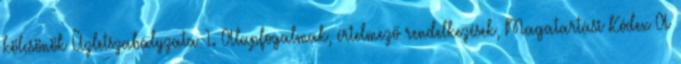
kölcsönök Üzletszabályzata 1. Alapfogalmak, értelmező rendelkezések, Magatartási Kódex A